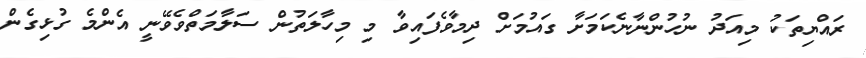
ރައްޔިތަކު މިއަދު ނުހުންނާނެކަމަށާ ގައުމަށް ދިމާވެފައިވާ މި މިހާލަތުން ސަލާމަތްވެވޭނީ އެންމެ ގުޅިގެން